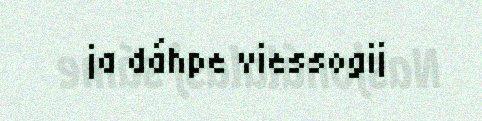
ja dáhpe viessogij